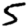
Digit: 5